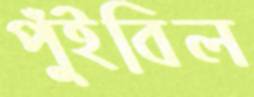
পুঁইবিল